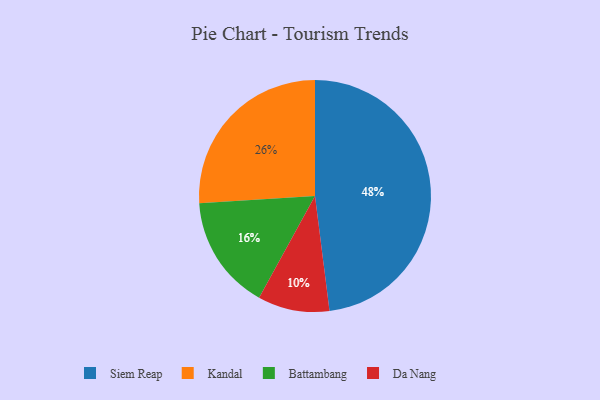
{"axis": {"x": "Category", "y": "Percentage"}, "legend": ["Battambang", "Da Nang", "Kandal", "Siem Reap"], "data": [{"x": "Da Nang", "y": 10, "type": "Da Nang"}, {"x": "Kandal", "y": 26, "type": "Kandal"}, {"x": "Battambang", "y": 16, "type": "Battambang"}, {"x": "Siem Reap", "y": 48, "type": "Siem Reap"}]}